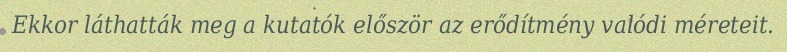
Ekkor láthatták meg a kutatók először az erődítmény valódi méreteit.